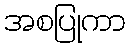
အစပြုကာ